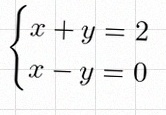
\begin{cases}x+y=2\\x-y=0\end{cases}